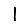
Digit: 1